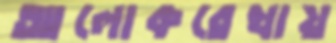
আলোকরেখায়